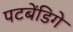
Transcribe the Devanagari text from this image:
पटबेंडिगे